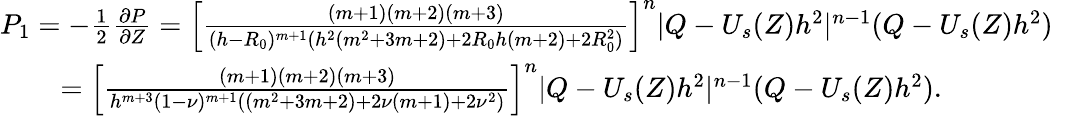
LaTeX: \begin{array}{r}{P_{1}=-\frac{1}{2}\frac{\partial P}{\partial Z}=\left[\frac{(m+1)(m+2)(m+3)}{(h-R_{0})^{m+1}(h^{2}(m^{2}+3m+2)+2R_{0}h(m+2)+2R_{0}^{2})}\right]^{n}|Q-U_{s}(Z)h^{2}|^{n-1}(Q-U_{s}(Z)h^{2})~~~~}\\ {=\left[\frac{(m+1)(m+2)(m+3)}{h^{m+3}(1-\nu)^{m+1}((m^{2}+3m+2)+2\nu(m+1)+2\nu^{2})}\right]^{n}|Q-U_{s}(Z)h^{2}|^{n-1}(Q-U_{s}(Z)h^{2}).~~~~~~~~~~~~~~~~~~~}\end{array}